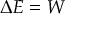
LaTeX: \Delta { } E = W